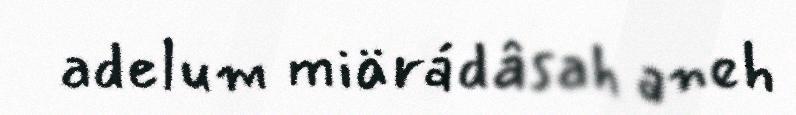
adelum miärádâsah aneh